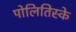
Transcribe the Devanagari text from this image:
पोलितिस्के